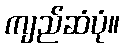
ကျည်ဆံပုံ။